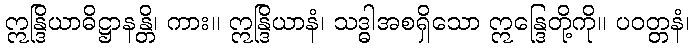
ဣန္ဒြိယာဓိဋ္ဌာနန္တိ၊ ကား။ ဣန္ဒြိယာနံ၊ သဒ္ဓါအစရှိသော ဣန္ဒြေတို့ကို။ ပဝတ္တနံ၊